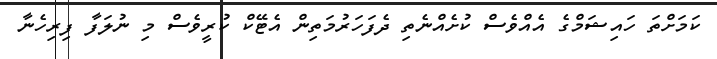
ކަމަށްތަ ހައިޝަމްގެ އެއްވެސް ކުށެއްނެތި ދެފަހަރުމަތިން އެޓޭކް ކުރީވެސް މި ނުލަފާ ފިރިހެނާ